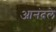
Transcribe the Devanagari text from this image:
आनंदले